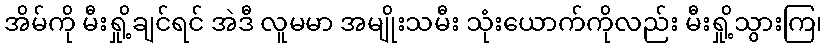
အိမ်ကို မီးရှို့ချင်ရင် အဲဒီ လူမမာ အမျိုးသမီး သုံးယောက်ကိုလည်း မီးရှို့သွားကြ၊